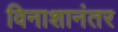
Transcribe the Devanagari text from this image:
विनाशानंतर